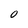
Character: 0